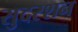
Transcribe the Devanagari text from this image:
सुदरशन